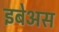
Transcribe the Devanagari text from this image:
इबेअस